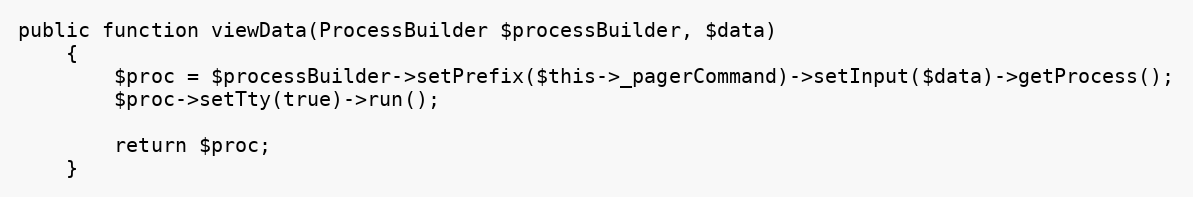
Language: PHP
public function viewData(ProcessBuilder $processBuilder, $data)
    {
        $proc = $processBuilder->setPrefix($this->_pagerCommand)->setInput($data)->getProcess();
        $proc->setTty(true)->run();

        return $proc;
    }